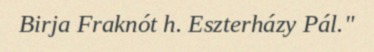
Birja Fraknót h. Eszterházy Pál."